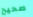
صحيح